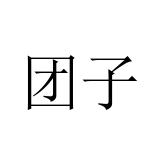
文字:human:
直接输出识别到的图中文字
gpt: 团子